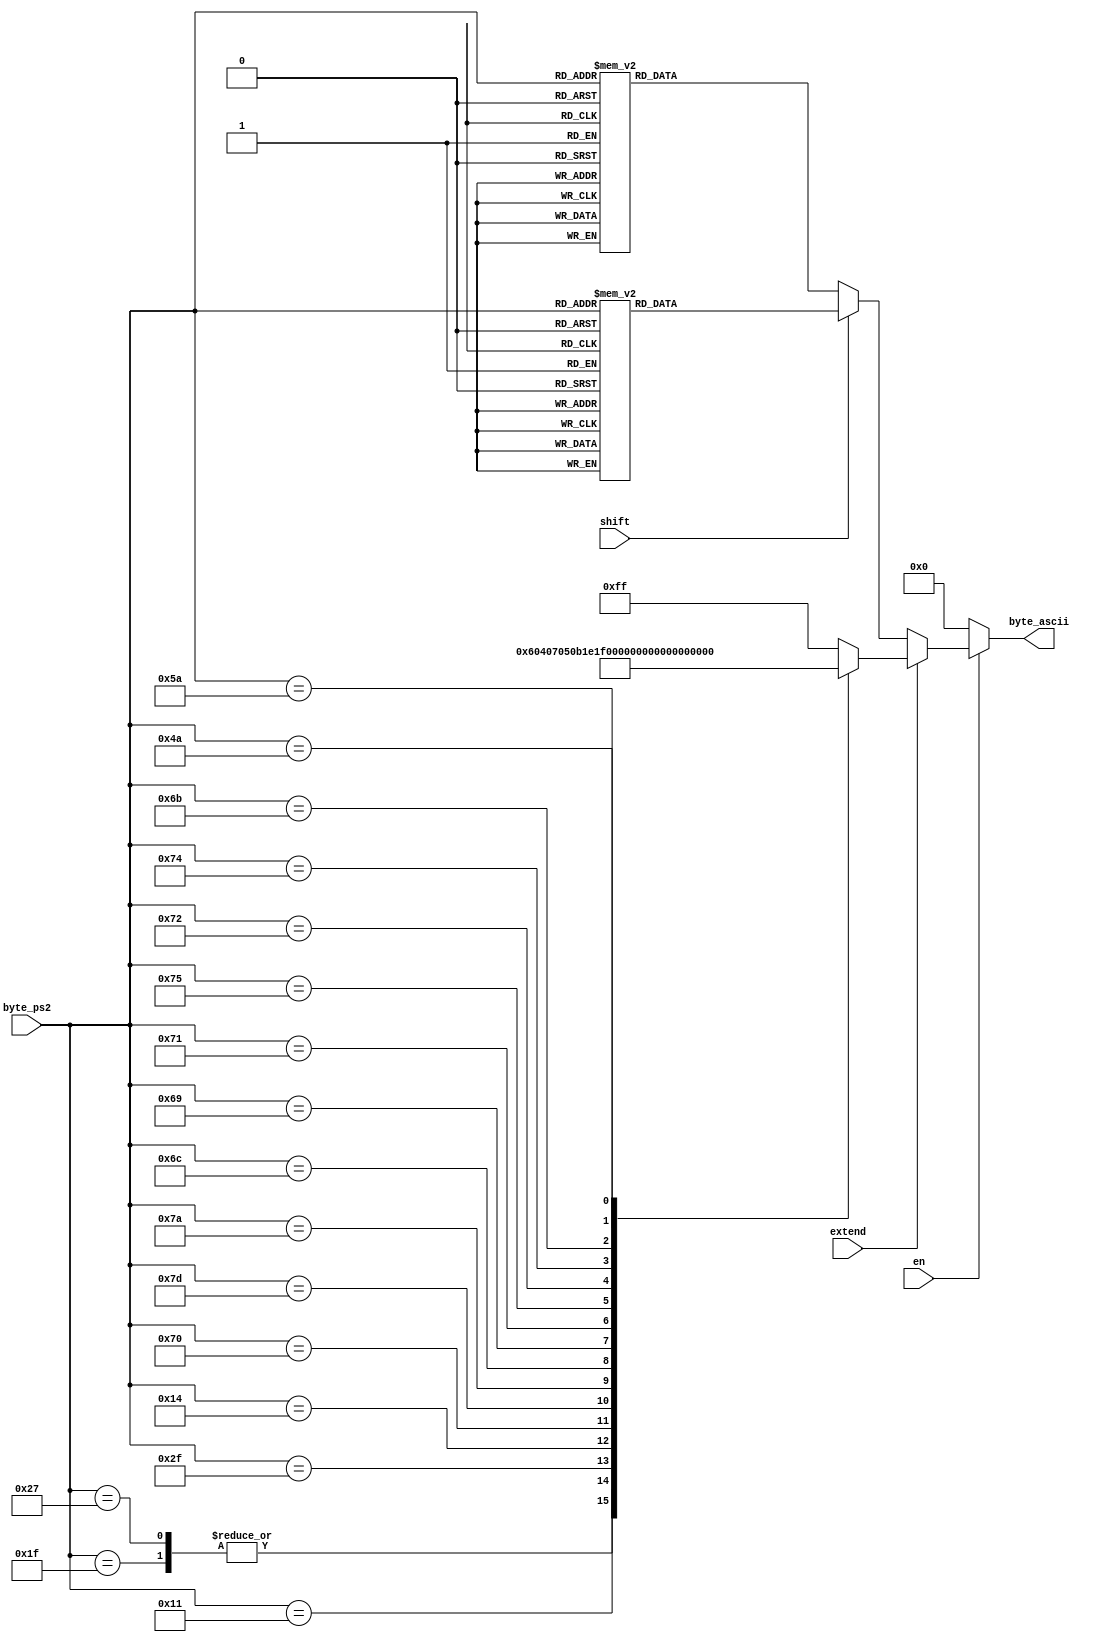
/*
 * A look-up table for ps2 codes to ascii. If a character isn't implemented, expect to receive 0xF0.
 * If I missed a character and it outputs 0xF1, expect that to be changed to an ascii equivalent.
 * I'll make a table to show what maps to what.
 */
module ps2ascii(en, shift, extend, byte_ps2, byte_ascii);
	input en, shift, extend;
	input [7:0] byte_ps2;
	output reg [7:0] byte_ascii;
	
	always@(*) begin
		
		byte_ascii = 8'h00;
		if(en) begin
		
			// INPUT NOT IMPLEMENTED = 0xFF
			// INPUT NEEDS REPLACEMENT = 0xF1
			// Extended keys, there isn't a shift for them.
			if(extend) begin
				case(byte_ps2)
					// L GUI
					8'h1F: byte_ascii = 8'h06; // L GUI (Windows) (acknowledge)
					8'h27: byte_ascii = 8'h06; // R GUI (Windows)
					
					8'h11: byte_ascii = 8'h04; // R ALT (end of transmission)
					
					8'h2F: byte_ascii = 8'h07; // APPS (bell)
					
					8'h14: byte_ascii = 8'h05; // R CTRL (enquiry)
					
					8'h70: byte_ascii = 8'h0B; // INSERT (vertical tab)
					
					
					8'h7D: byte_ascii = 8'h1E; // PG UP (corresponds to charset.png upper triangle)
					8'h7A: byte_ascii = 8'h1F; // PG DN (corresponds to charset.png lower triangle)
					8'h6C: byte_ascii = 8'h11; // HOME  (corresponds to charset.png left  traingle)
					8'h69: byte_ascii = 8'h10; // END   (corresponds to charset.png right triangle)
					
					
					8'h71: byte_ascii = 8'h7F; // DELETE
					
					
					8'h75: byte_ascii = 8'h18; // UP    (corresponds to charset.png arrow up)
					8'h72: byte_ascii = 8'h19; // DOWN  (corresponds to charset.png arrow down)
					8'h74: byte_ascii = 8'h1A; // RIGHT (corresponds to charset.png arrow right)
					8'h6B: byte_ascii = 8'h1B; // LEFT  (corresponds to charset.png arrow left)
	
	
					
					
					8'h5A: byte_ascii = 8'h0A; // KP EN
					8'h4A: byte_ascii = 8'h3F; // KP /
					
					default: byte_ascii = 8'hFF;
				endcase
			end
			
			else if(shift) begin
				case(byte_ps2)
					8'h1C: byte_ascii = 8'h41; // A
					8'h32: byte_ascii = 8'h42; // B
					8'h21: byte_ascii = 8'h43; // C
					8'h23: byte_ascii = 8'h44; // D
					8'h24: byte_ascii = 8'h45; // E
					8'h2B: byte_ascii = 8'h46; // F
					8'h34: byte_ascii = 8'h47; // G
					8'h33: byte_ascii = 8'h48; // H
					8'h43: byte_ascii = 8'h49; // I
					8'h3B: byte_ascii = 8'h4A; // J
					8'h42: byte_ascii = 8'h4B; // K
					8'h4B: byte_ascii = 8'h4C; // L
					8'h3A: byte_ascii = 8'h4D; // M
					8'h31: byte_ascii = 8'h4E; // N
					8'h44: byte_ascii = 8'h4F; // O
					8'h4D: byte_ascii = 8'h50; // P
					8'h15: byte_ascii = 8'h51; // Q
					8'h2D: byte_ascii = 8'h52; // R
					8'h1B: byte_ascii = 8'h53; // S
					8'h2C: byte_ascii = 8'h54; // T
					8'h3C: byte_ascii = 8'h55; // U
					8'h2A: byte_ascii = 8'h56; // V
					8'h1D: byte_ascii = 8'h57; // W
					8'h22: byte_ascii = 8'h58; // X
					8'h35: byte_ascii = 8'h59; // Y
					8'h1A: byte_ascii = 8'h5A; // Z
					
					8'h45: byte_ascii = 8'h29; // 0 ())
					8'h16: byte_ascii = 8'h21; // 1 (!)
					8'h1E: byte_ascii = 8'h40; // 2 (@)
					8'h26: byte_ascii = 8'h23; // 3 (#)
					8'h25: byte_ascii = 8'h24; // 4 ($)
					8'h2E: byte_ascii = 8'h25; // 5 (%)
					8'h36: byte_ascii = 8'h5E; // 6 (^)
					8'h3D: byte_ascii = 8'h26; // 7 (&)
					8'h3E: byte_ascii = 8'h2A; // 8 (*)
					8'h46: byte_ascii = 8'h28; // 9 (()
					
					8'h0E: byte_ascii = 8'h7E; // ` (~)
					8'h4E: byte_ascii = 8'h5F; // - (_)
					8'h55: byte_ascii = 8'h2B; // = (+)
					
					8'h5D: byte_ascii = 8'h7C; // \ (|)
					8'h4C: byte_ascii = 8'h3A; // ; (:)
					8'h52: byte_ascii = 8'h34; // ' (")
					8'h54: byte_ascii = 8'h7B; // [ ({)
					8'h5B: byte_ascii = 8'h7D; // ] (})
					8'h41: byte_ascii = 8'h3C; // , (<)
					8'h49: byte_ascii = 8'h3E; // . (>)
					8'h4A: byte_ascii = 8'h3F; // / (?)
					
					
					8'h7C: byte_ascii = 8'h2A; // KP *
					8'h7B: byte_ascii = 8'h2D; // KP -
					8'h79: byte_ascii = 8'h2B; // KP +
					8'h71: byte_ascii = 8'h2E; // KP .
					
					8'h70: byte_ascii = 8'h30; // KP 0
					8'h69: byte_ascii = 8'h31; // KP 1
					8'h72: byte_ascii = 8'h32; // KP 2
					8'h7A: byte_ascii = 8'h33; // KP 3
					8'h6B: byte_ascii = 8'h34; // KP 4
					8'h73: byte_ascii = 8'h35; // KP 5
					8'h74: byte_ascii = 8'h36; // KP 6
					8'h6C: byte_ascii = 8'h37; // KP 7
					8'h75: byte_ascii = 8'h38; // KP 8
					8'h7D: byte_ascii = 8'h39; // KP 9
					
					
					8'h66: byte_ascii = 8'h08; // Backspace
					8'h29: byte_ascii = 8'h20; // Space
					8'h0D: byte_ascii = 8'h09; // TAB
					
					8'h12: byte_ascii = 8'h0F; // L Shift -> Shift in
					8'h59: byte_ascii = 8'h0F; // R Shift -> shift in
					
					8'h11: byte_ascii = 8'h04; // L ALT (end of transmission)
				
					8'h14: byte_ascii = 8'h05; // L CTRL (enquiry)
					
					8'h58: byte_ascii = 8'h01; // CAPS (Start of heading)
					8'h7E: byte_ascii = 8'h02; // SCROLL (start of text)
					8'h77: byte_ascii = 8'h03; // NUM (end of text)
					
					
					8'h5A: byte_ascii = 8'h0A; // ENTER 
					8'h76: byte_ascii = 8'h1B; // ESC
					
					/* F1 TO F12 */
					// The first half of ascii ends at 7F
					8'h05: byte_ascii = 8'h80; // F1
					8'h06: byte_ascii = 8'h81; // F2
					8'h04: byte_ascii = 8'h82; // F3
					8'h0C: byte_ascii = 8'h83; // F4
					8'h03: byte_ascii = 8'h84; // F5
					8'h0B: byte_ascii = 8'h85; // F6
					8'h83: byte_ascii = 8'h86; // F7
					8'h0A: byte_ascii = 8'h87; // F8
					8'h01: byte_ascii = 8'h88; // F9
					8'h09: byte_ascii = 8'h89; // F10
					8'h78: byte_ascii = 8'h8A; // F11
					8'h07: byte_ascii = 8'h8B; // F12
					
					8'hE0: byte_ascii = 8'hE0; // To help indicate if extended keys are being used.
					8'hF0: byte_ascii = 8'hF0; // To help indicate if a button is being released.
					
					
					
					default: byte_ascii = 8'hFF;
				endcase
			end
			
			else begin
				// Unshifted, not extended keys.
				case(byte_ps2)
					8'h1C: byte_ascii = 8'h61; // a
					8'h32: byte_ascii = 8'h62; // b
					8'h21: byte_ascii = 8'h63; // c
					8'h23: byte_ascii = 8'h64; // d
					8'h24: byte_ascii = 8'h65; // e
					8'h2B: byte_ascii = 8'h66; // f
					8'h34: byte_ascii = 8'h67; // g
					8'h33: byte_ascii = 8'h68; // h
					8'h43: byte_ascii = 8'h69; // i
					8'h3B: byte_ascii = 8'h6A; // j
					8'h42: byte_ascii = 8'h6B; // k
					8'h4B: byte_ascii = 8'h6C; // l
					8'h3A: byte_ascii = 8'h6D; // m
					8'h31: byte_ascii = 8'h6E; // n
					8'h44: byte_ascii = 8'h6F; // o
					8'h4D: byte_ascii = 8'h70; // p
					8'h15: byte_ascii = 8'h71; // q
					8'h2D: byte_ascii = 8'h72; // r
					8'h1B: byte_ascii = 8'h73; // s
					8'h2C: byte_ascii = 8'h74; // t
					8'h3C: byte_ascii = 8'h75; // u
					8'h2A: byte_ascii = 8'h76; // v
					8'h1D: byte_ascii = 8'h77; // w
					8'h22: byte_ascii = 8'h78; // x
					8'h35: byte_ascii = 8'h79; // y
					8'h1A: byte_ascii = 8'h7A; // z
					
					8'h45: byte_ascii = 8'h30; // 0
					8'h16: byte_ascii = 8'h31; // 1
					8'h1E: byte_ascii = 8'h32; // 2
					8'h26: byte_ascii = 8'h33; // 3
					8'h25: byte_ascii = 8'h34; // 4
					8'h2E: byte_ascii = 8'h35; // 5
					8'h36: byte_ascii = 8'h36; // 6
					8'h3D: byte_ascii = 8'h37; // 7
					8'h3E: byte_ascii = 8'h38; // 8
					8'h46: byte_ascii = 8'h39; // 9
					
					8'h0E: byte_ascii = 8'h60; // `
					8'h4E: byte_ascii = 8'h2D; // -
					8'h55: byte_ascii = 8'h3D; // =
					8'h5D: byte_ascii = 8'h5C; // \
					8'h4C: byte_ascii = 8'h3B; // ;
					8'h52: byte_ascii = 8'h27; // '	
					8'h54: byte_ascii = 8'h5B; // [
					8'h5B: byte_ascii = 8'h5D; // ]
					8'h41: byte_ascii = 8'h2C; // ,
					8'h49: byte_ascii = 8'h2E; // .
					8'h4A: byte_ascii = 8'h2F; // /
					
					8'h7C: byte_ascii = 8'h2A; // KP *
					8'h7B: byte_ascii = 8'h2D; // KP -
					8'h79: byte_ascii = 8'h2B; // KP +
					8'h71: byte_ascii = 8'h2E; // KP .
					
					8'h70: byte_ascii = 8'h30; // KP 0
					8'h69: byte_ascii = 8'h31; // KP 1
					8'h72: byte_ascii = 8'h32; // KP 2
					8'h7A: byte_ascii = 8'h33; // KP 3
					8'h6B: byte_ascii = 8'h34; // KP 4
					8'h73: byte_ascii = 8'h35; // KP 5
					8'h74: byte_ascii = 8'h36; // KP 6
					8'h6C: byte_ascii = 8'h37; // KP 7
					8'h75: byte_ascii = 8'h38; // KP 8
					8'h7D: byte_ascii = 8'h39; // KP 9
					
					8'h66: byte_ascii = 8'h08; // Backspace
					8'h29: byte_ascii = 8'h20; // Space
					8'h0D: byte_ascii = 8'h09; // TAB
					
					8'h12: byte_ascii = 8'h0F; // L Shift -> Shift in
					8'h59: byte_ascii = 8'h0F; // R Shift -> shift in
					
					8'h11: byte_ascii = 8'h04; // L ALT (end of transmission)
				
					8'h14: byte_ascii = 8'h05; // L CTRL (enquiry)
					
					8'h58: byte_ascii = 8'h01; // CAPS (Start of heading)
					8'h7E: byte_ascii = 8'h02; // SCROLL (start of text)
					8'h77: byte_ascii = 8'h03; // NUM (end of text)
					
					
					8'h5A: byte_ascii = 8'h0A; // ENTER 
					8'h76: byte_ascii = 8'h1B; // ESC
					
					/* F1 TO F12 */
					// The first half of ascii ends at 7F
					8'h05: byte_ascii = 8'h80; // F1
					8'h06: byte_ascii = 8'h81; // F2
					8'h04: byte_ascii = 8'h82; // F3
					8'h0C: byte_ascii = 8'h83; // F4
					8'h03: byte_ascii = 8'h84; // F5
					8'h0B: byte_ascii = 8'h85; // F6
					8'h83: byte_ascii = 8'h86; // F7
					8'h0A: byte_ascii = 8'h87; // F8
					8'h01: byte_ascii = 8'h88; // F9
					8'h09: byte_ascii = 8'h89; // F10
					8'h78: byte_ascii = 8'h8A; // F11
					8'h07: byte_ascii = 8'h8B; // F12
					
					8'hE0: byte_ascii = 8'hE0; // To help indicate if extended keys are being used.
					8'hF0: byte_ascii = 8'hF0; // To help indicate if a button is being released.
					
					
					default: byte_ascii = 8'hFF;
				endcase
			end
		end
	end

endmodule